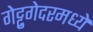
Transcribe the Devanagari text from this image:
गेट्टुगेदरमध्ये